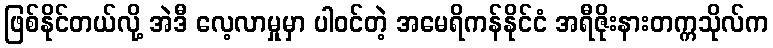
ဖြစ်နိုင်တယ်လို့ အဲဒီ လေ့လာမှုမှာ ပါဝင်တဲ့ အမေရိကန်နိုင်ငံ အရီဇိုးနားတက္ကသိုလ်က